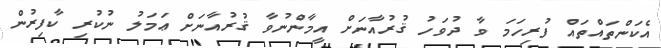
އެކަންތައްތައް ފުރިހަމަ ވާ ދުވަހު ޤުރުއާނަށް އީމާންނުވާ ޤުރުއާނަށް ޢަމަލު ނުކުރި ކާފިރުން